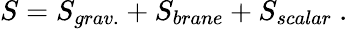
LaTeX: S=S_{grav.}+S_{brane}+S_{scalar}\ .